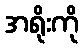
အရိုးကို